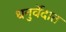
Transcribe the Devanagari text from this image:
धनुर्वेदात